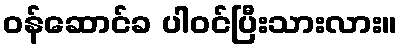
ဝန်ဆောင်ခ ပါဝင်ပြီးသားလား။